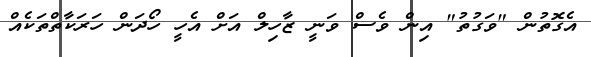
އެގޮތުން "ވަގުތު" އިން ވެސް ވަނީ ޒާހިލް އަށް އެހީ ހޯދަން ހަރަކާތްތަކެއް